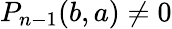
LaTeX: P_{n-1}(b,a)\neq 0